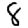
Digit: 8